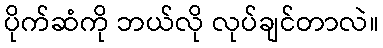
ပိုက်ဆံကို ဘယ်လို လုပ်ချင်တာလဲ။